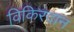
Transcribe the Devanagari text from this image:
विकिरदान